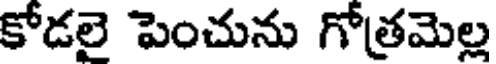
కోడలై పెంచును గోత్రమెల్ల